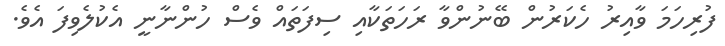
ފުރިހަމަ ވާއިރު ހެކަރުން ބޭނުންވާ ރަހަތަކާއި ސިފަތައް ވެސް ހުންނާނީ އެކުލެވިފަ އެވެ.